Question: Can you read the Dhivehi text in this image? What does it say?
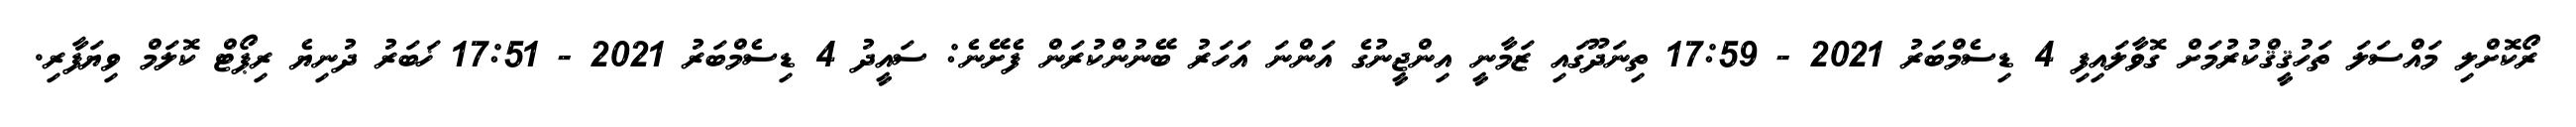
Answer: ރޯކޮށްލި މައްސަލަ ތަހުޤީޤްކުރުމަށް ގޮވާލައިފި 4 ޑިސެމްބަރު 2021 - 17:59 ތިނަދޫގައި ޒަމާނީ އިންޖީނުގެ އަންނަ އަހަރު ބޭނުންކުރަން ފެށޭނެ: ސައީދު 4 ޑިސެމްބަރު 2021 - 17:51 ޚަބަރު ދުނިޔެ ރިޕޯޓް ކޮލަމް ވިޔަފާރި.